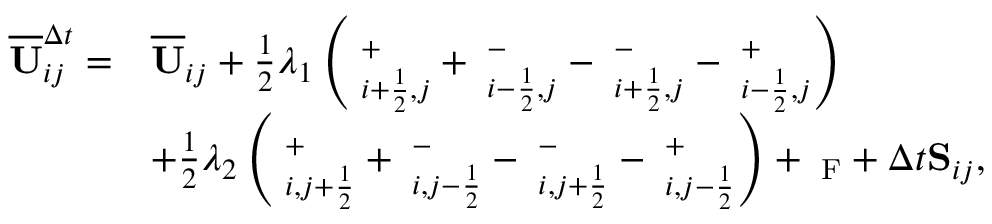
\begin{array} { r l } { \overline { { \mathbf { U } } } _ { i j } ^ { \Delta t } = } & { \overline { { \mathbf { U } } } _ { i j } + \frac { 1 } { 2 } \lambda _ { 1 } \left( { \bf \Pi } _ { i + \frac { 1 } { 2 } , j } ^ { + } + { \bf \Pi } _ { i - \frac { 1 } { 2 } , j } ^ { - } - { \bf \Pi } _ { i + \frac { 1 } { 2 } , j } ^ { - } - { \bf \Pi } _ { i - \frac { 1 } { 2 } , j } ^ { + } \right) } \\ & { + \frac { 1 } { 2 } \lambda _ { 2 } \left( { \bf \Pi } _ { i , j + \frac { 1 } { 2 } } ^ { + } + { \bf \Pi } _ { i , j - \frac { 1 } { 2 } } ^ { - } - { \bf \Pi } _ { i , j + \frac { 1 } { 2 } } ^ { - } - { \bf \Pi } _ { i , j - \frac { 1 } { 2 } } ^ { + } \right) + { \bf \Pi } _ { \mathrm { { { F } } } } + \Delta t { \bf S } _ { i j } , } \end{array}